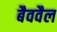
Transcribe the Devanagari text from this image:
बैववैल